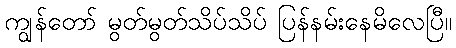
ကျွန်တော် မွတ်မွတ်သိပ်သိပ် ပြန်နမ်းနေမိလေပြီ။